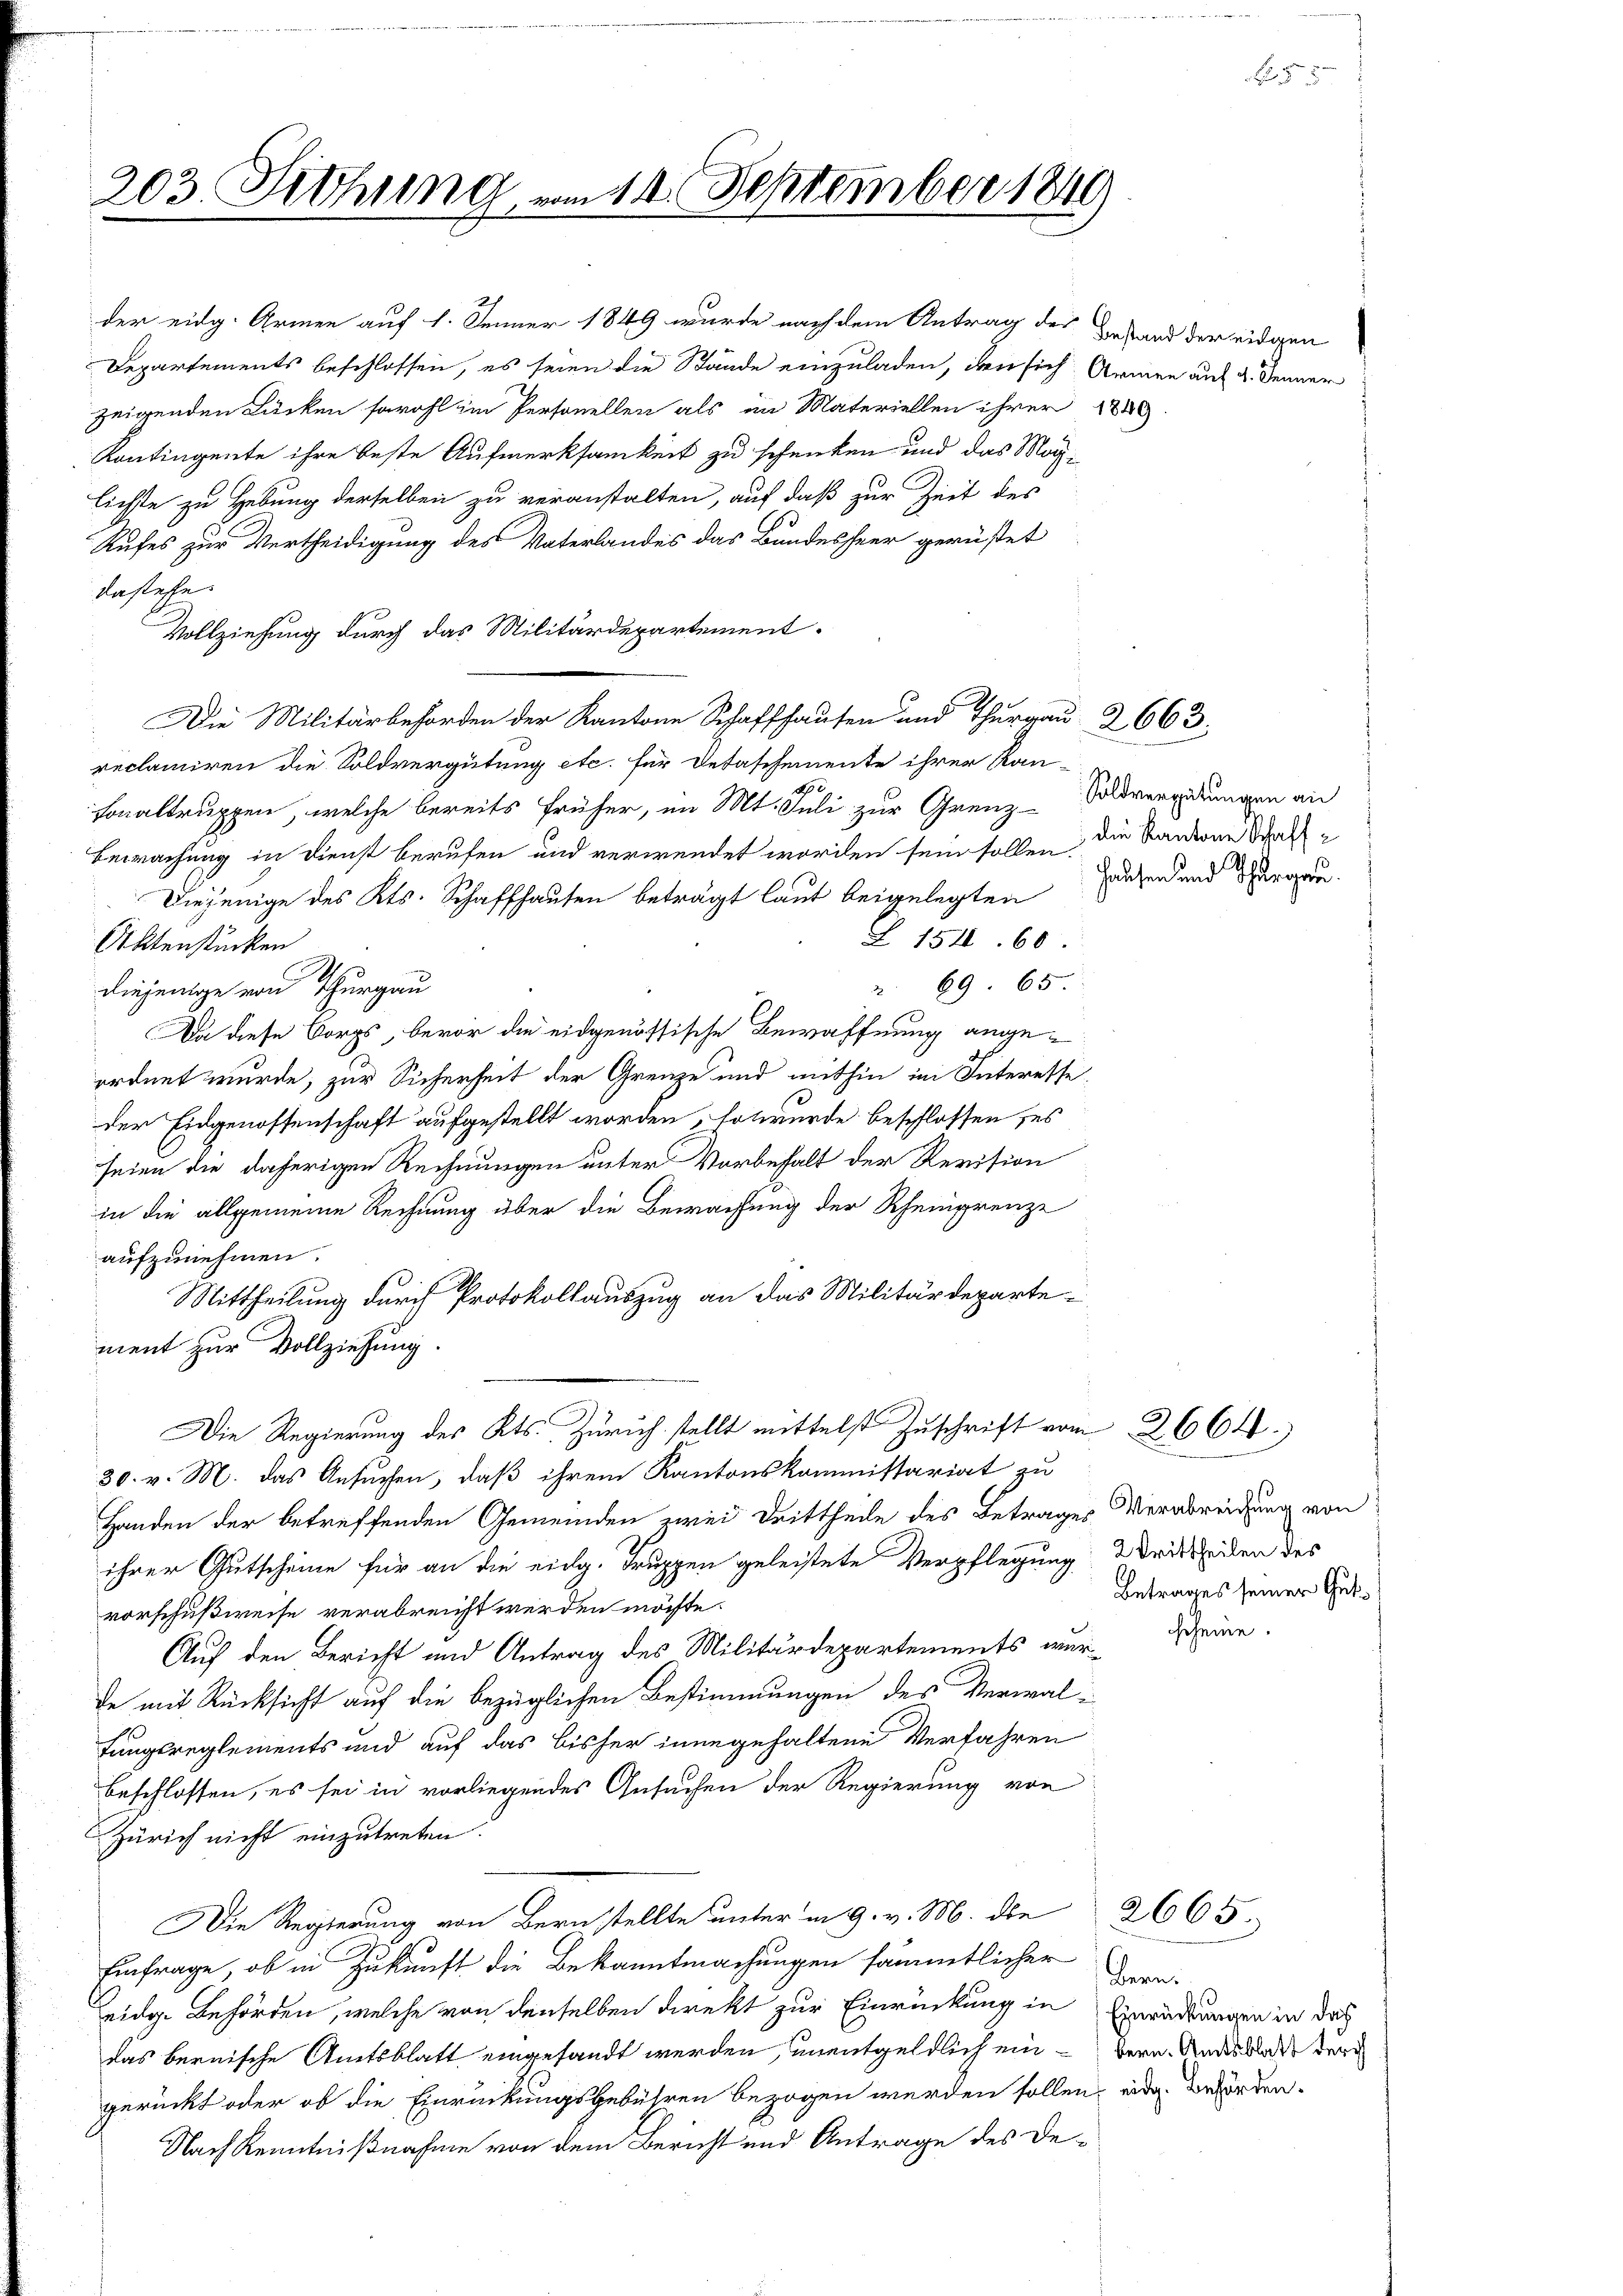
203. Siehung, vom 12. September 1840.

der eidg. Armen auf 1. Jenner 1849 wurde nach dem Antrag des Gestand der eidgen
Departements beschlossen, es seien die Stände einzuladen, den sich Arn
zeigenden Lücken sowohl im Personellen als im Materiellen ihrer 1849
Kontingente ihre beste Aufmerksamkeit zu schenken und das Mög-
lichte zu Hebung derselben zu veranstalten, auf daß zur Zeit des
Rufes zur Vertheidigung des Vaterlandes das Bundesheer gerüstet
dastehe.
Vollziehung durch das Militärdepartement.
Die Militärbehörden der Kantone Schaffhausen und Thurgau 2663.
reclamiren die Soldvergütung etc. für Detaschemente ihrer Ran-
vonaltruppen, welche bereits früher, im Mt. Juli zur Grenz-Soldversidlungen an
Bewachung in Dienst berufen und verwendet worden sein sollen, die Sanderne Schaf
Diejenige des Kts. Schaffhausen beträgt laut beigelegten
Z. 154. 60
Aktenstücken
2. 69. 65
diejenige von Thurgau
Da diese Corps, bevor die eidgenössische Bewaffnung angeordnet wurde, zur Sicherheit der Grenze und mithin im Interesse,
der Eidgenossenschaft aufgestellt worden, so wurde beschlossen, es
seien die daherigen Rechnungen unter Vorbehalt der Revision
in die allgemeine Rechnung über die Bewachung der Rheingrenze
aufzunehmen.
Mittheilung durch Protokollauszug an das Militärdeparte-
ment zur Vollziehung.
Die Regierung des Kts. Zürich stellt mittelst Zuschrift vom 2664.)
30. v. M. das Ansuchen, daß ihrem Kantonskommissariat zu
Handen der betreffenden Gemeinden zwei Drittheile des Betrages Verabreichung von
ihrer Gutscheine für an die eidg. Truppen geleistete Verpflegung d drittheilen des
vorschußweise verabreicht werden möchte.
Auf den Bericht und Antrag des Militärdepartements warde mit Rücksicht auf die bezüglichen Bestimmungen des Verwalfungsreglements und auf das bisher innegehaltene Verfahren
beschlossen, es sei in vorliegendes Gesuchen der Regierung von
Zürich nicht einzutreten.
Die Regierung von Bern stellte unter in 9. v. M. die
Einfrage, ob in Zukunft die Bekanntmachungen sämmtlicher
eidg. Behörden, welche von denselben direkt zur Einrückung in Einrückungen in doch
das bernische Amtsblatt eingesandt werden, unentgeldlich ein Bern. Andesbadet der
gerückt oder ob die Einrückungsgebühren bezogen werden sollen, eidg. Behörden.
Nach Kenntnißnahme von dem Bericht und Antrage des De¬

nen auf 4. Jenner

Hausen und Thurgau.

Betrages seiner Gut¬

scheine.

Bern.

2665